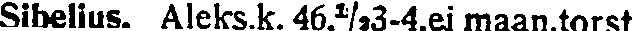
Sibelius, Aleks.k. 46.⅓3-4.ei maan.torst